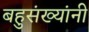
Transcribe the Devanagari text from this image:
बहुसंख्यांनी